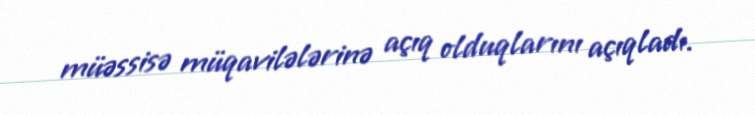
müəssisə müqavilələrinə açıq olduqlarını açıqladı.